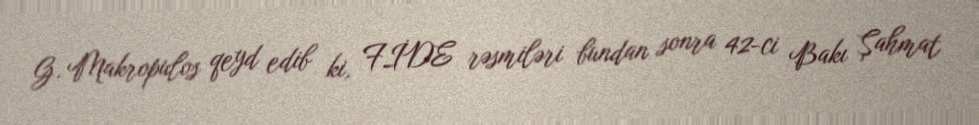
G. Makropulos qeyd edib ki, FİDE rəsmiləri bundan sonra 42-ci Bakı Şahmat